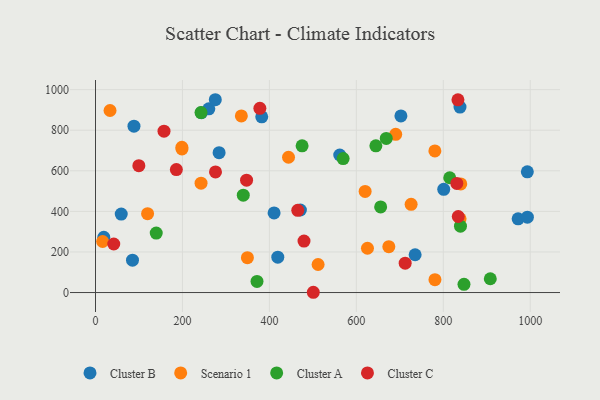
{"axis": {"x": "Price", "y": "Sales"}, "legend": ["Cluster A", "Cluster B", "Cluster C", "Scenario 1"], "data": [{"x": "88.5", "y": 820.1, "type": "Cluster B"}, {"x": "702.5", "y": 870.4, "type": "Cluster B"}, {"x": "972.1", "y": 363.1, "type": "Cluster B"}, {"x": "382.4", "y": 866.0, "type": "Cluster B"}, {"x": "59.2", "y": 386.9, "type": "Cluster B"}, {"x": "19.1", "y": 272.3, "type": "Cluster B"}, {"x": "260.7", "y": 905.4, "type": "Cluster B"}, {"x": "275.6", "y": 950.3, "type": "Cluster B"}, {"x": "243.7", "y": 886.7, "type": "Cluster B"}, {"x": "284.3", "y": 689.1, "type": "Cluster B"}, {"x": "85.1", "y": 159.6, "type": "Cluster B"}, {"x": "419.3", "y": 174.3, "type": "Cluster B"}, {"x": "993.3", "y": 595.1, "type": "Cluster B"}, {"x": "410.8", "y": 392.3, "type": "Cluster B"}, {"x": "838.4", "y": 914.3, "type": "Cluster B"}, {"x": "993.4", "y": 371.2, "type": "Cluster B"}, {"x": "801.0", "y": 508.6, "type": "Cluster B"}, {"x": "735.2", "y": 186.2, "type": "Cluster B"}, {"x": "471.3", "y": 406.9, "type": "Cluster B"}, {"x": "561.8", "y": 677.9, "type": "Cluster B"}, {"x": "444.0", "y": 666.9, "type": "Scenario 1"}, {"x": "198.7", "y": 715.9, "type": "Scenario 1"}, {"x": "780.8", "y": 63.6, "type": "Scenario 1"}, {"x": "780.6", "y": 698.0, "type": "Scenario 1"}, {"x": "349.4", "y": 171.8, "type": "Scenario 1"}, {"x": "690.5", "y": 780.0, "type": "Scenario 1"}, {"x": "242.8", "y": 538.9, "type": "Scenario 1"}, {"x": "838.6", "y": 363.2, "type": "Scenario 1"}, {"x": "198.9", "y": 708.0, "type": "Scenario 1"}, {"x": "33.4", "y": 897.3, "type": "Scenario 1"}, {"x": "620.2", "y": 498.5, "type": "Scenario 1"}, {"x": "625.6", "y": 218.3, "type": "Scenario 1"}, {"x": "16.4", "y": 251.6, "type": "Scenario 1"}, {"x": "119.8", "y": 388.7, "type": "Scenario 1"}, {"x": "840.2", "y": 535.2, "type": "Scenario 1"}, {"x": "674.7", "y": 225.9, "type": "Scenario 1"}, {"x": "335.5", "y": 870.5, "type": "Scenario 1"}, {"x": "512.0", "y": 138.1, "type": "Scenario 1"}, {"x": "726.0", "y": 434.6, "type": "Scenario 1"}, {"x": "655.9", "y": 422.0, "type": "Cluster A"}, {"x": "339.9", "y": 479.8, "type": "Cluster A"}, {"x": "668.8", "y": 759.4, "type": "Cluster A"}, {"x": "242.7", "y": 886.8, "type": "Cluster A"}, {"x": "644.9", "y": 723.3, "type": "Cluster A"}, {"x": "139.7", "y": 293.1, "type": "Cluster A"}, {"x": "569.6", "y": 660.2, "type": "Cluster A"}, {"x": "814.8", "y": 565.7, "type": "Cluster A"}, {"x": "847.6", "y": 40.4, "type": "Cluster A"}, {"x": "908.1", "y": 68.0, "type": "Cluster A"}, {"x": "839.5", "y": 327.3, "type": "Cluster A"}, {"x": "371.5", "y": 54.8, "type": "Cluster A"}, {"x": "475.2", "y": 722.9, "type": "Cluster A"}, {"x": "157.6", "y": 795.5, "type": "Cluster C"}, {"x": "42.0", "y": 239.2, "type": "Cluster C"}, {"x": "276.0", "y": 594.7, "type": "Cluster C"}, {"x": "501.0", "y": 1.3, "type": "Cluster C"}, {"x": "99.7", "y": 625.1, "type": "Cluster C"}, {"x": "347.5", "y": 553.9, "type": "Cluster C"}, {"x": "712.3", "y": 144.8, "type": "Cluster C"}, {"x": "831.1", "y": 538.0, "type": "Cluster C"}, {"x": "833.7", "y": 949.8, "type": "Cluster C"}, {"x": "479.6", "y": 253.6, "type": "Cluster C"}, {"x": "465.3", "y": 405.4, "type": "Cluster C"}, {"x": "186.0", "y": 606.0, "type": "Cluster C"}, {"x": "378.1", "y": 908.1, "type": "Cluster C"}, {"x": "834.4", "y": 374.7, "type": "Cluster C"}]}